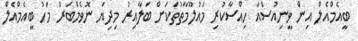
ބީއެމްއެލް އިން ވީނިއުސްއާ ހިއްސާކުރި މައުލޫމާތުތަކަށް ބަލާއިރު މިދިޔަ ނޮވެމްބަރު މަހު ބީއެމްއެލް